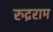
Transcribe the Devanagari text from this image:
रुद्रराम